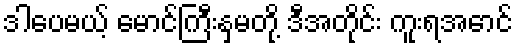
ဒါပေမယ့် မောင်ကြီးနှမတို့ ဒီအတိုင်း ကူးရအောင်